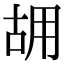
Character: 𠳫